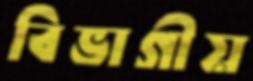
বিভাগীয়